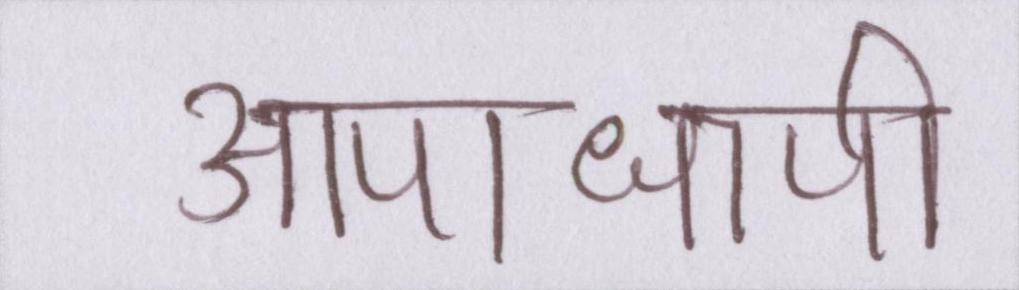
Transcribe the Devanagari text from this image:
आपाधापी